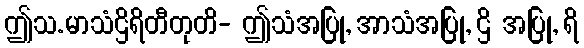
ဤသ.မာသံဌိရိတီတုတိ- ဤသံအပြု, အာသံအပြု, ဌိ အပြု, ရိ